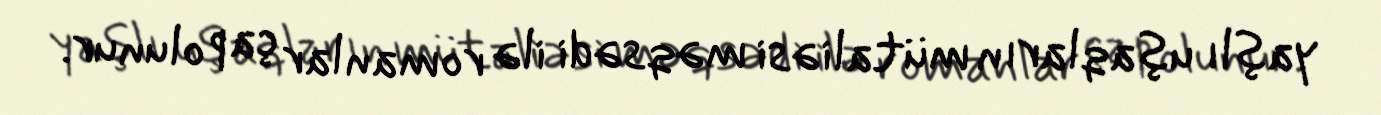
yaşlı uşaqların mütaliəsi məqsədi ilə romanlar çap olunur.